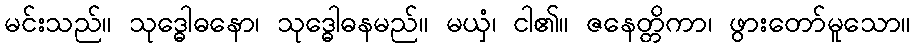
မင်းသည်။ သုဒ္ဓေါဓနော၊ သုဒ္ဓေါဓနမည်။ မယှံ၊ ငါ၏။ ဇနေတ္တိကာ၊ ဖွားတော်မူသော။